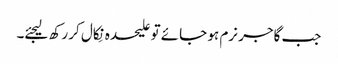
جب گاجر نرم ہو جائے تو علیحدہ نِکال کر رکھ لیجئے۔